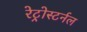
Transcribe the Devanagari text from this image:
रेट्रोस्टर्नल